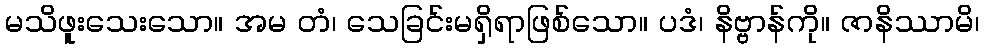
မသိဖူးသေးသော။ အမ တံ၊ သေခြင်းမရှိရာဖြစ်သော။ ပဒံ၊ နိဗ္ဗာန်ကို။ ဇာနိဿာမိ၊